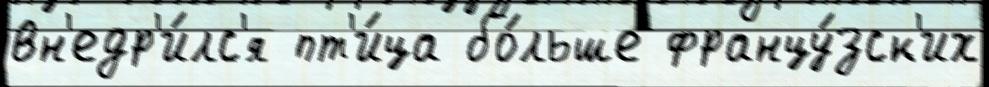
вн'едр'и́лс'я пт'и́ца бо́льше францу́зск'их